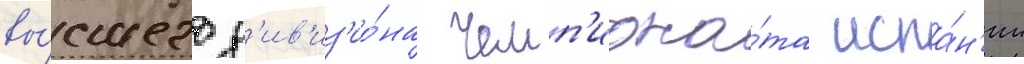
вы́сшего д'ив'из'ио́на чемп'иона́та испа́н'ии